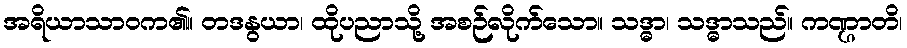
အရိယာသာဝက၏။ တဒနွယာ၊ ထိုပညာသို့ အစဉ်လိုက်သော။ သဒ္ဓာ၊ သဒ္ဓာသည်။ ကဏ္ဌာတိ၊